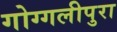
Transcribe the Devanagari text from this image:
गोग्गलीपुरा